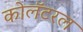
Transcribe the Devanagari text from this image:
कोलॅटरल